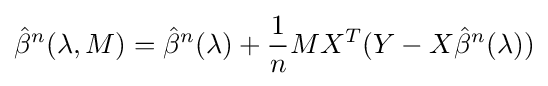
{\hat {\beta }}^{n}(\lambda ,M)={\hat {\beta }}^{n}(\lambda )+{\frac {1}{n}}MX^{T}(Y-X{\hat {\beta }}^{n}(\lambda ))